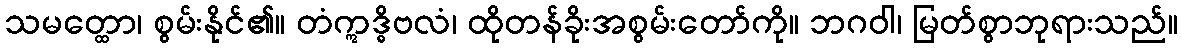
သမတ္ထော၊ စွမ်းနိုင်၏။ တံဣဒ္ဓိဗလံ၊ ထိုတန်ခိုးအစွမ်းတော်ကို။ ဘဂဝါ၊ မြတ်စွာဘုရားသည်။